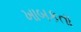
ખાબકતા